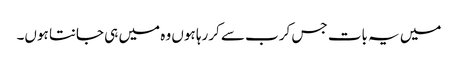
میں یہ بات جس کرب سے کررہا ہوں وہ میں ہی جانتا ہوں۔